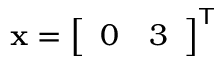
\mathbf { x } = { \left[ \begin{array} { l l } { 0 } & { 3 } \end{array} \right] } ^ { \mathsf { T } }